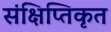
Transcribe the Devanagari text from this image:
संक्षिप्तिकृत